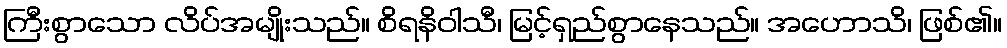
ကြီးစွာသော လိပ်အမျိုးသည်။ စိရနိဝါသီ၊ မြင့်ရှည်စွာနေသည်။ အဟောသိ၊ ဖြစ်၏။